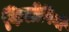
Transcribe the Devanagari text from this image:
फिलीपिनो